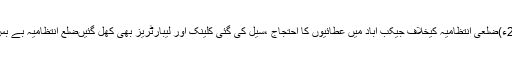
15 نومبر2016ء)ضلعی انتظامیہ کیخلاف جیکب آباد میں عطائیوں کا احتجاج ،سیل کی گئی کلینک اور لیبارٹریز بھی کھل گئیںضلع انتظامیہ بے بس ہو کر رہ گئی۔